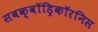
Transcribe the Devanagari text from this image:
सबक्वॉड्रिकॉरनिस